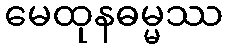
မေထုနဓမ္မဿ